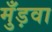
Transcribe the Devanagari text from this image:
मुँड़वा